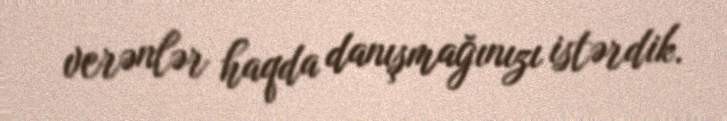
verənlər haqda danışmağınızı istərdik.